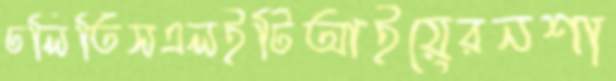
ঢলিতিসএলইটিআইয়েরনশা